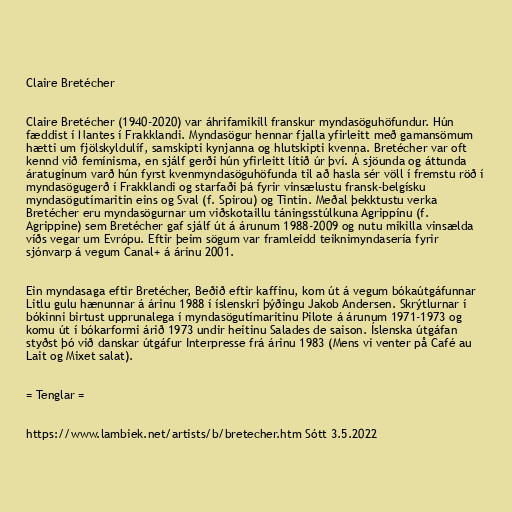
Claire Bretécher

Claire Bretécher (1940-2020) var áhrifamikill franskur myndasöguhöfundur. Hún
fæddist í Nantes í Frakklandi. Myndasögur hennar fjalla yfirleitt með gamansömum
hætti um fjölskyldulíf, samskipti kynjanna og hlutskipti kvenna. Bretécher var oft
kennd við femínisma, en sjálf gerði hún yfirleitt lítið úr því. Á sjöunda og áttunda
áratuginum varð hún fyrst kvenmyndasöguhöfunda til að hasla sér völl í fremstu röð í
myndasögugerð í Frakklandi og starfaði þá fyrir vinsælustu fransk-belgísku
myndasögutímaritin eins og Sval (f. Spirou) og Tintin. Meðal þekktustu verka
Bretécher eru myndasögurnar um viðskotaillu táningsstúlkuna Agrippínu (f.
Agrippine) sem Bretécher gaf sjálf út á árunum 1988-2009 og nutu mikilla vinsælda
víðs vegar um Evrópu. Eftir þeim sögum var framleidd teiknimyndasería fyrir
sjónvarp á vegum Canal+ á árinu 2001.

Ein myndasaga eftir Bretécher, Beðið eftir kaffinu, kom út á vegum bókaútgáfunnar
Litlu gulu hænunnar á árinu 1988 í íslenskri þýðingu Jakob Andersen. Skrýtlurnar í
bókinni birtust upprunalega í myndasögutímaritinu Pilote á árunum 1971-1973 og
komu út í bókarformi árið 1973 undir heitinu Salades de saison. Íslenska útgáfan
styðst þó við danskar útgáfur Interpresse frá árinu 1983 (Mens vi venter på Café au
Lait og Mixet salat).

= Tenglar =

https://www.lambiek.net/artists/b/bretecher.htm Sótt 3.5.2022